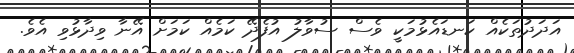
އަދަދުތަކެއް ކަނޑައެޅުމަކީ ވެސް ސުވާލު އުފެދޭ ކަމެއް ކަމަށް އޭނާ ވިދާޅުވި އެވެ.